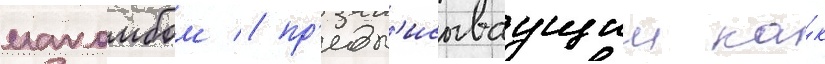
макомбом / пр'едп'исываущии ка́к